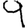
Digit: 9